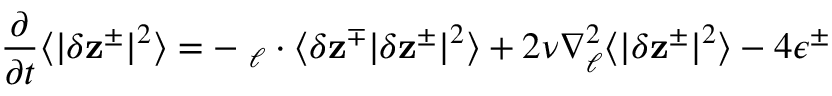
\displaystyle \frac { \partial } { \partial t } \langle | \delta \mathbf { z } ^ { \pm } | ^ { 2 } \rangle = - \mathbf { \nabla } _ { \boldsymbol { \ell } } \cdot \langle \delta \mathbf { z } ^ { \mp } | \delta \mathbf { z } ^ { \pm } | ^ { 2 } \rangle + 2 \nu \nabla _ { \boldsymbol { \ell } } ^ { 2 } \langle | \delta \mathbf { z } ^ { \pm } | ^ { 2 } \rangle - 4 \epsilon ^ { \pm }